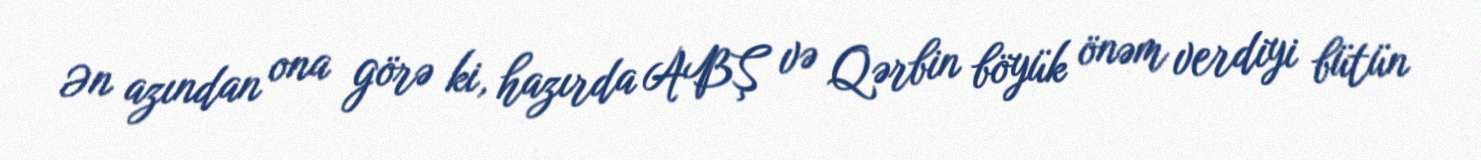
Ən azından ona görə ki, hazırda ABŞ və Qərbin böyük önəm verdiyi bütün